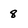
Character: 8